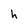
Character: h